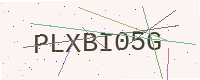
Text: PLXBI05G